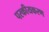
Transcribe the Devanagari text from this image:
परकीयकरण